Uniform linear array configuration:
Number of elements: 48
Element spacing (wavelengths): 0.75
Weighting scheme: blackman
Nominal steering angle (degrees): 30
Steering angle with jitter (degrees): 28.021
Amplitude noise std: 0.05
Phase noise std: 0.05

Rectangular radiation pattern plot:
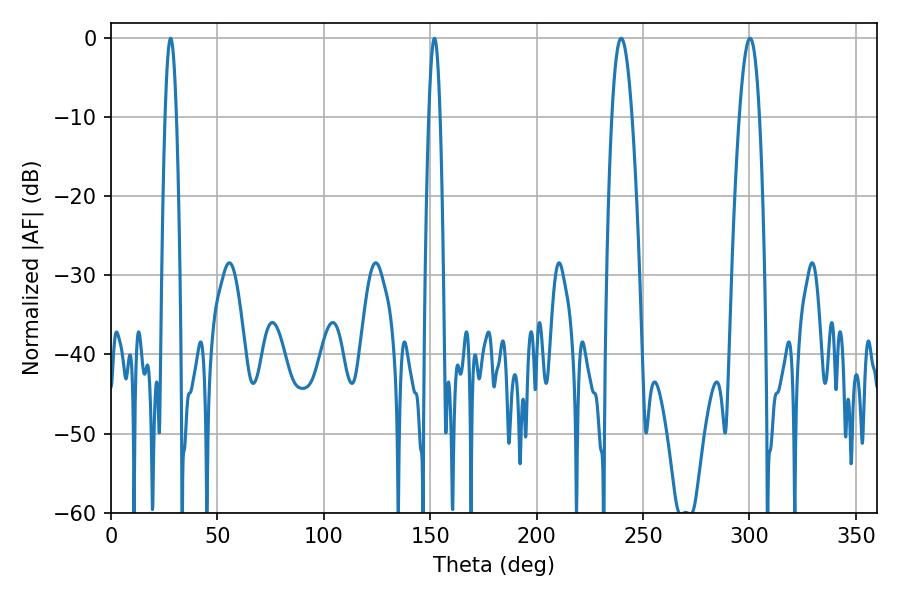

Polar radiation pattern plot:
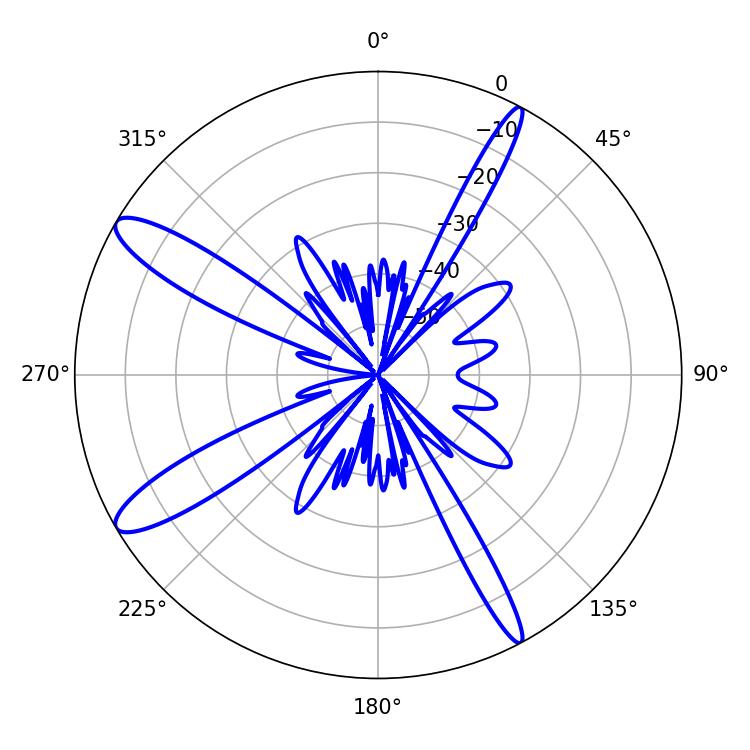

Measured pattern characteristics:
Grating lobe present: TRUE
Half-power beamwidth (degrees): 5.22
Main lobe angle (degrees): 239.76